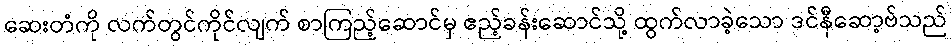
ဆေးတံကို လက်တွင်ကိုင်လျက် စာကြည့်ဆောင်မှ ဧည့်ခန်းဆောင်သို့ ထွက်လာခဲ့သော ဒင်နီဆော့ဗ်သည်